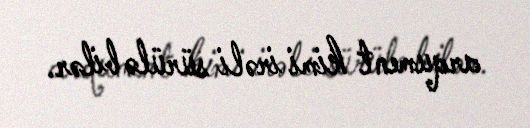
arqument kimi irəli sürülə bilər.